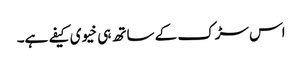
اس سڑک کے ساتھ ہی خیوی کیفے ہے۔